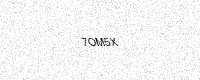
Text: 7OM5X